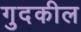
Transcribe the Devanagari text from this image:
गुदकील